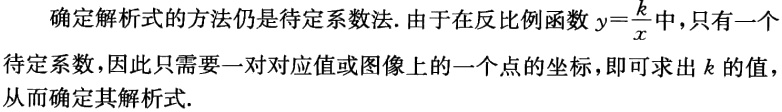
确定解析式的方法仍是待定系数法. 由于在反比例函数\(y = \frac{k}{x}\)中，只有一个待定系数，因此只需要一对对应值或图像上的一个点的坐标，即可求出\(k\)的值，从而确定其解析式.